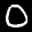
Label: 0